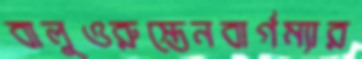
বালুওরুস্তেনবার্গম্যার